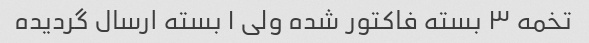
تخمه ۳ بسته فاکتور شده ولی ۱ بسته ارسال گردیده